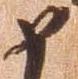
如